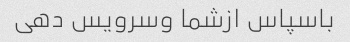
باسپاس ازشما وسرویس دهی